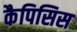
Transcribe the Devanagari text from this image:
कैपिसिस